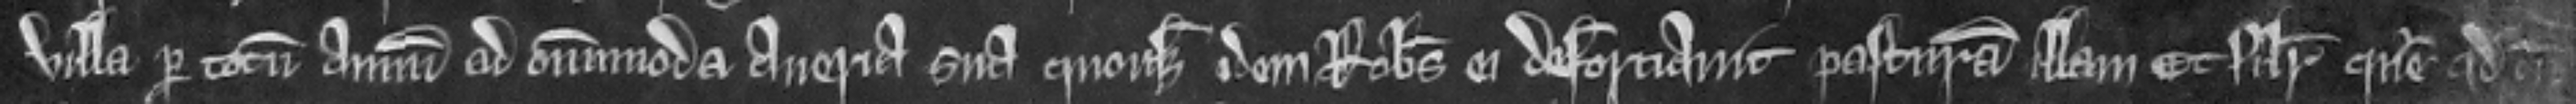
villa per totum annum ad omnimoda averia sua quousque idem Robertus ei deforciauit pasturam illam et similiter queritur quod cum